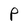
Character: P